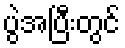
ပွဲအပြီးတွင်